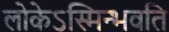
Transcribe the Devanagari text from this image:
लोकेऽस्मिन्भवति